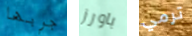
جربها باورز ترمي